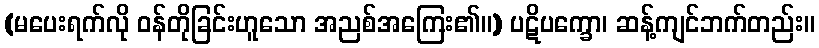
(မပေးရက်လို ဝန်တိုခြင်းဟူသော အညစ်အကြေး၏။) ပဋိပက္ခော၊ ဆန့်ကျင်ဘက်တည်း။